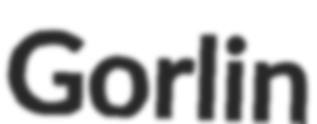
Gorlin